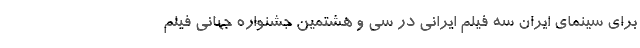
برای سینمای ایران سه فیلم ایرانی در سی و هشتمین جشنواره جهانی فیلم